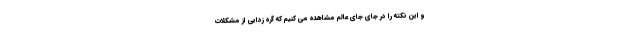
و این نکته را در جای جای عالم مشاهده می کنیم که گره زدایی از مشکلات